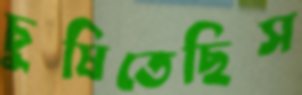
চুষিতেছিস